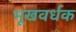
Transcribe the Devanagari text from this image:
भूखवर्धक